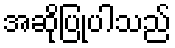
အဆိုပြုပါသည်